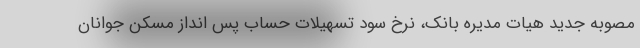
مصوبه جدید هیات مدیره بانک، نرخ سود تسهیلات حساب پس­ انداز مسکن جوانان